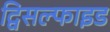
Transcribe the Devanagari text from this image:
द्विसल्फाइड